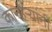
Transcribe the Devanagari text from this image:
कान्हेर्‍यांनी